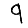
Digit: 9